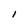
Character: l